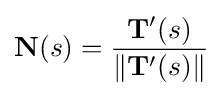
\mathbf {N} (s)={\frac {\mathbf {T} '(s)}{\|\mathbf {T} '(s)\|}}